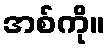
အစ်ကို။